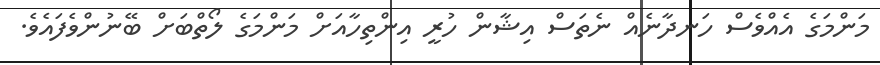
މަންމަގެ އެއްވެސް ހަނދާނެއް ނެތަސް އިޝާން ހުރީ އިންތިހާއަށް މަންމަގެ ލޯތްބަށް ބޭނުންވެފައެވެ.